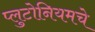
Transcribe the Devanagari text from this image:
प्लुटोनियमचे